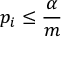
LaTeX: p _ { i } \leq { \frac { \alpha } { m } }